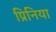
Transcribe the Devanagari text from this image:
प्रिनिया